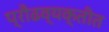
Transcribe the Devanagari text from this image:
प्रौढव्यक्तीत